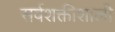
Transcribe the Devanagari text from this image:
सर्वशक्तीशाली